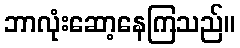
ဘာလုံးဆော့နေကြသည်။